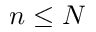
n \leq N